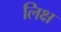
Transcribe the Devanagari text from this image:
लिक्ष